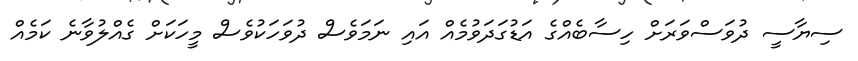
ސިޔާސީ ދުވަސްވަރަށް ހިސާބެއްގެ އަޑުގަދަވުމެއް އައި ނަމަވެސް ދުވަހަކުވެސް މީހަކަށް ގެއްލުވާނެ ކަމެއް